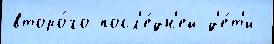
второ́го посл'е́дн'ей д'е́т'и